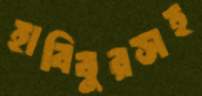
হাবিবুরসহ